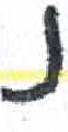
אות: נ